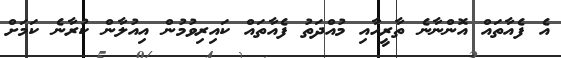
އެ ފެއާތައް އޮންނާނެ ތާރީހާއި މުއްދަތު ފެެއާތައް ކައިރިވުމުން އިއުލާން ކުރާނެ ކަމަށް